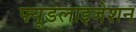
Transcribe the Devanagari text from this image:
फ्यूडलाइजेशन